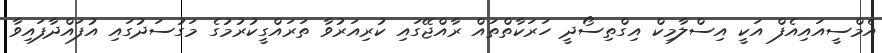
އެމްސީއައިއެފް އަކީ އިސްލާމިކް އިގްތިސޯދީ ހަރަކާތްތައް ރާއްޖޭގައި ކުރިއަރުވާ ތަރައްގީކުރުމުގެ މަގުސަދުގައި އުފައްދާފައިވާ